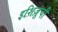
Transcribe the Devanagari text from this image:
इशिज़ूची